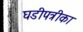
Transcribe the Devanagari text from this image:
घडीपत्रीका